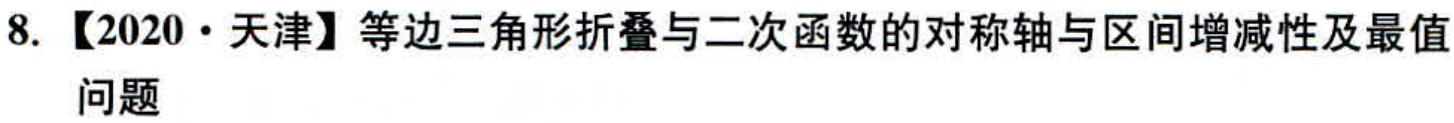
8. 【2020·天津】等边三角形折叠与二次函数的对称轴与区间增减性及最值问题